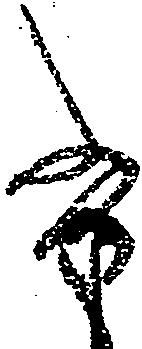
尚